Indian Civil Veterinary Department memoirs
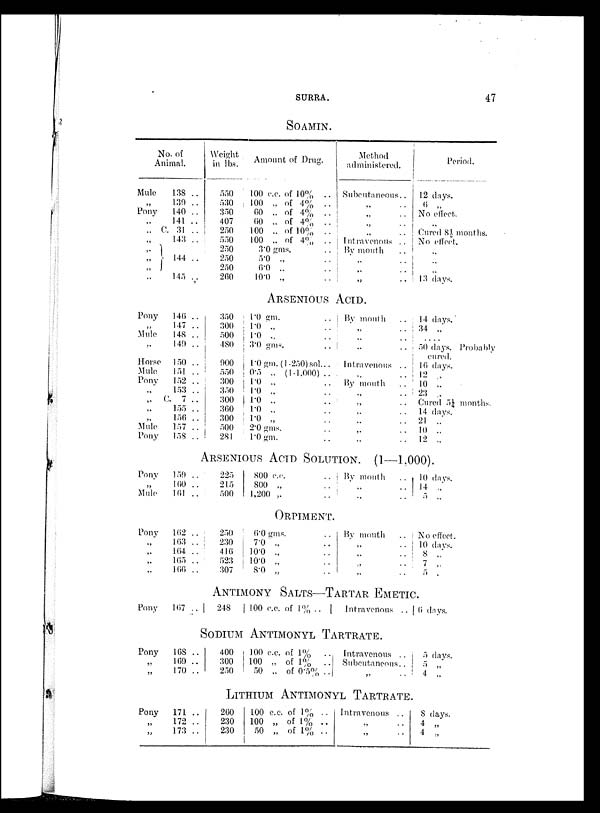
SURRA.
47
SOAMIN.
Mule
„
Pony
„
„ C.
„
„ „
„
„
Pony
„
Mule
„
Horse
Mule
Pony
„
„ C.
„
„
Mule
Pony
Pony
„
Mule
Pony
„
„
„
„
Pony
Pony
„
„
Pony
„
No. of
Animal
138 ..
139 ..
140 ..
141 ..
31 ..
143 ..
144 ..
145 ..
146 ..
147 ..
148 ..
149 ..
150 ..
151 ..
152 ..
153 ..
7 ..
155 ..
156 ..
157 ..
158 ..
Weight
in lbs.
550
530
350
407
250
550
250
250
250
260
350
300
500
480
900
550
300
350
300
360
300
500
281
Amount of Drug.
100 c.c. of 10% ..
100 „ of 4% ..
60 „ of 4% ..
60 „ of 4% ..
100 „ of 10% ..
100 „ of 4% ..
3.0 gms.
5.0 „ ..
6.0 ..
10.0 „
Method
administered.
Subcutaneous ..
„ ..
„ ..
„ ..
„ ..
Intravenous ..
By mouth
„ ..
„ ..
„ „
ARSENIOUS ACID.
1.0 gm.
1.0 „
1.0 „
3.0 gms.
1.0 gm.( 1-250) sol . ..
0.5 „ (1-1,000) ..
1.0 „ ..
1.0 „ ..
1.0 „ ..
1.0 „ ..
1.0 „ ..
2.0 gms. ..
1.0 gm. ..
By month
„ ..
„ ..
„ ..
„ ..
Intravenous ..
„ ..
By mouth
„ ..
„ ..
„ ..
„ ..
„ ..
„ ..
Period.
12 days.
6
No effect.
„
Cured 8½ months.
No effect.
„
„
„
13 days.
14 days.
34 „
.. ..
50 days. Probably
cured.
16 days.
12 „
10 „
23 „
Cured 5¼ months.
14 days.
21 „
10 „
12 „
ARSENIOUS ACID SOLUTION. (1—1,000).
159 ..
160 ..
161 ..
162 ..
163 ..
164 ..
105 ..
166 ..
167 ..
225
215
500
250
230
416
523
307
800 c.c. ..
800 „ ..
1,200 „ ..
ORPIMENT.
6.0 gms. ..
7.0 „ ..
10.0 „ ..
10.0 „ ..
8.0 „ ..
By mouth
„ ..
„ ..
By mouth
„ ..
„ ..
„ ..
„ ..
10 days.
14 „
5 „
No effect.
10 days.
8 „
7 „
5 .
ANTIMONY SALTS—TARTAR EMETIC.
248
1.00 c.c. of 1% ..
Intravenous ..
SODIUM ANTIMONYL TARTRATE.
168 ..
169 ..
170 ..
171 ..
172 ..
173 ..
400
300
250
100 c.c. of 1%
..
100 „ of 1%
..
50 „ of 0.5% ..
Intravenous ..
Subcutaneous ..
„ ..
6 days.
5 days.
5 „
4 „
LITHIUM ANTIMONYL TARTRATE.
260
230
230
100 c.c. of 1% ..
100 „ of 1% ..
50 „ of 1%
Intravenous ..
„ ..
„ ..
8 days.
4 „
4 „